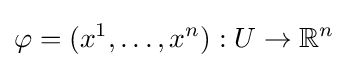
\varphi =(x^{1},\ldots ,x^{n}):U\to \mathbb {R} ^{n}